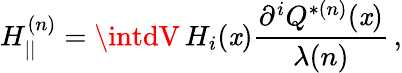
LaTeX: H_{||}^{(n)}=\intdV\, H_{i}(\mathit{x})\frac{{{\partial}^{i}Q^{*(n)}(\mathit{x})}}{{\lambda(n)}}\, ,